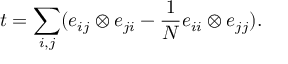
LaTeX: t = \sum _ { i , j } ( e _ { i j } \otimes e _ { j i } - \frac 1 N e _ { i i } \otimes e _ { j j } ) .